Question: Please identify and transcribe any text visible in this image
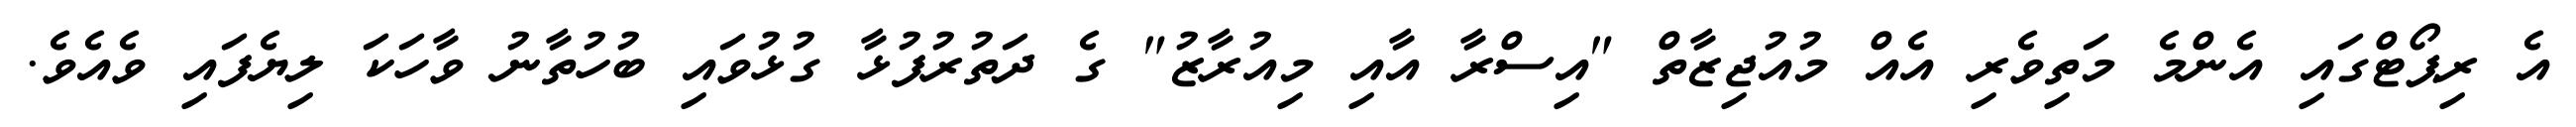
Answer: އެ ރިޕޯޓްގައި އެންމެ މަތިވެރި އެއް މުއުޖިޒާތް "އިސްރާ އާއި މިއުރާޒު" ގެ ދަތުރުފުޅާ ގުޅުވައި ބުހުތާނު ވާހަކަ ލިޔެފައި ވެއެވެ.